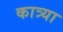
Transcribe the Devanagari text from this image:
कात्र्या